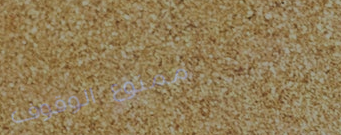
ممنوع الوقوف